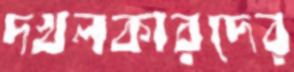
দখলকারদের